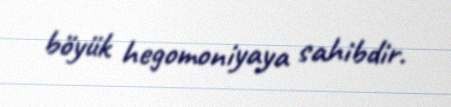
böyük hegomoniyaya sahibdir.